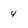
Character: 4